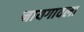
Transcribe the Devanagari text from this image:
नायगावला